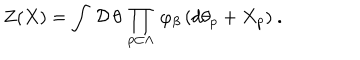
\left. Z ( X ) = \int \, { \cal D } \, \theta \, \prod _ { p \subset \Lambda } \, \varphi _ { \beta } \, ( d \theta _ { p } + X _ { p } ) \ . \right.